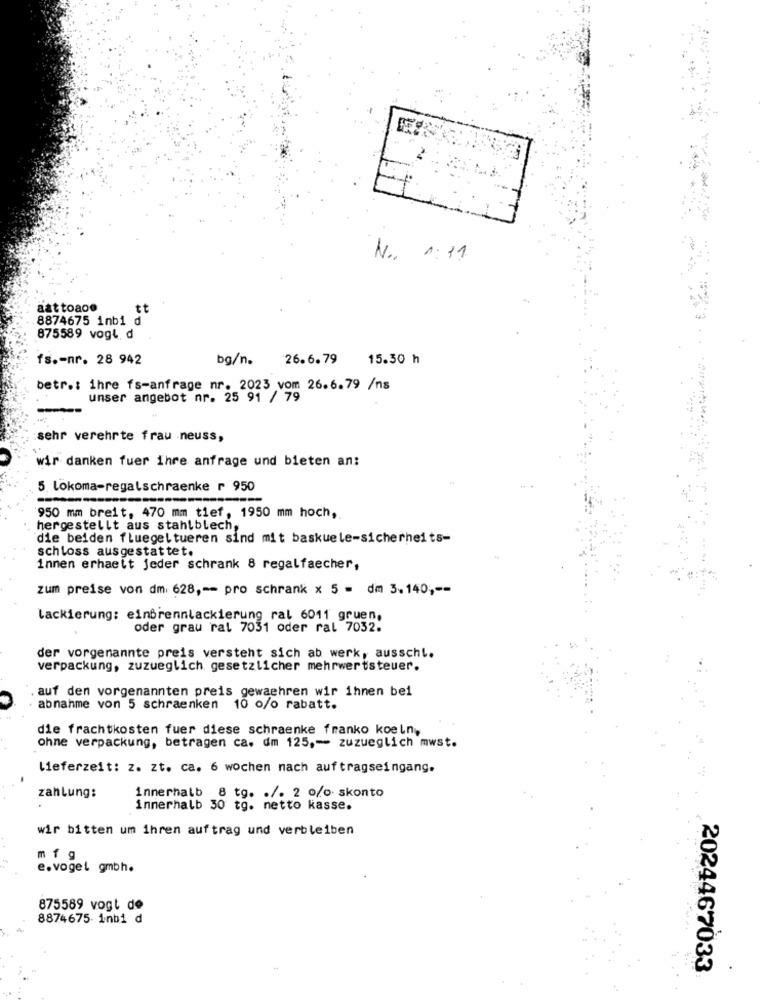
No. 1:31
aattoaoe
tt
8874675 inbi d
875589 vogl. d
fs .- nr. 28 942
bg/n. 26.6.79
15.30 h
betr .: ihre fs-anfrage nr. 2023 vom 26.6.79 /ns
unser angebot nr. 25 91 / 79
sehr verehrte frau neuss,
wir danken fuer ihre anfrage und bieten an:
5. lokoma-regalschraenke r 950
950 mm breit, 470 mm tief, 1950 mm hoch,
hergestellt aus stahlblech,
die beiden fluegeltueren sind mit baskuele-sicherheits-
schloss ausgestattet.
innen erhaeit jeder schrank 8 regalfaecher,
zum preise von dm. 628 ,-- pro schrank x 5 - dm 3.140 ,--
lackierung: einBrennlackierung ral 6011 gruen.
oder grau ral 7031 oder ral 7032.
der vorgenannte preis versteht sich ab werk, ausschl.
verpackung, zuzueglich gesetzlicher mehrwertsteuer.
auf den vorgenannten preis gewaehren wir ihnen bei
abnahme von 5 schraenken 10 o/o rabatt.
die frachtkosten fuer diese schraenke franko koeln,
ohne verpackung, betragen ca. dm 125 ,- > zuzueglich mwst.
lieferzeit: z. zt. ca. 6 wochen nach auftragseingang.
zahlung:
innerhalb 8 tg. . /. 2 0/o skonto
innerhalb 30 tg. netto kasse.
wir bitten um ihren auftrag und verbleiben
mf g
e.vogel gmbh.
875589 vogt de
8874675 inbi d
2024467033